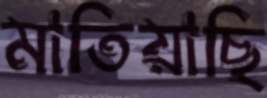
মাতিয়াছি